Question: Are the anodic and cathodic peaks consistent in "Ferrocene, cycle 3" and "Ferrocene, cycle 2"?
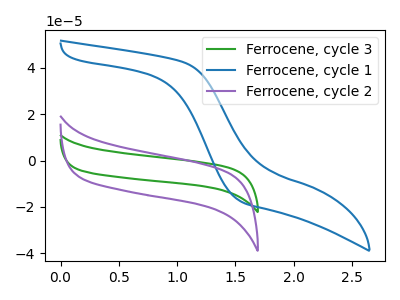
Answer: <think>The green curve "Ferrocene, cycle 3" has no peaks. The blue curve "Ferrocene, cycle 1" has no peaks. The purple curve "Ferrocene, cycle 2" has no peaks.</think>
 <answer>Niether CV has any peaks.</answer>
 <eval>blanks</eval>